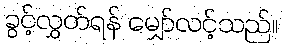
ခွင့်လွှတ်ရန် မျှော်လင့်သည်။